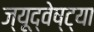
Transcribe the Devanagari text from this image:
ज्यूद्वेष्ट्या